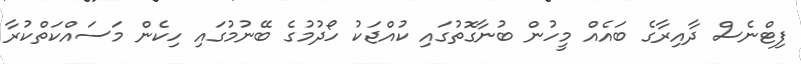
ފިޓްނެސް ދާއިރާގެ ބައެއް މީހުން ބުނާގޮތުގައި ކުއްޖަކު ހޯދުމުގެ ބޭނުމުގައި ހިކެން މަސައްކަތްކުރާ